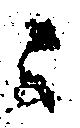
ニ